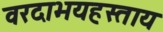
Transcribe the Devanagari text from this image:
वरदाभयहस्ताय